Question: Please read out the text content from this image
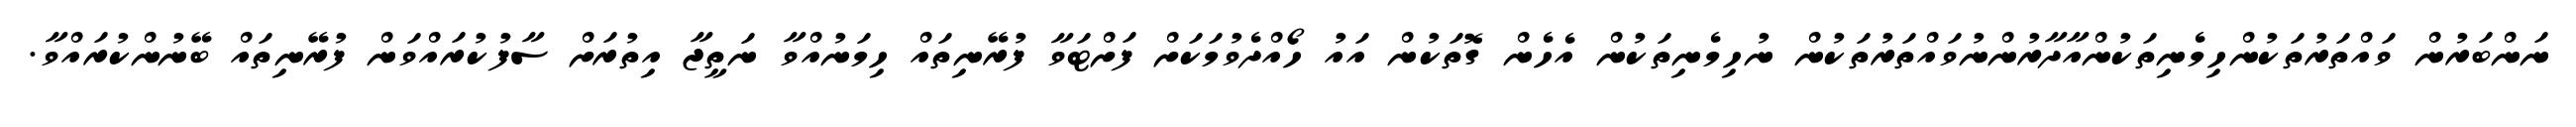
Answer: ނަންބަރުން ވައްތަރުތަކުންހިމެނިތަކުންއާދާރުންނުވައްތަރުތަކުން ނުހިމެނިތަކުން އެހެން ގޮތަކުން އައު ހޯއްދެވުމަކަށް ފަށްޓަވާ ފުރޭނިތައް ހިމަނުއްވާ ނަތީޖާ އިތުރަށް ސާފުކުރައްވަން ފުރޭނިތައް ބޭނުންކުރައްވާ.